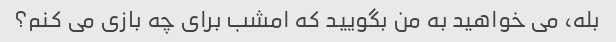
بله، می خواهید به من بگویید که امشب برای چه بازی می کنم؟